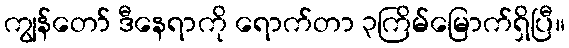
ကျွန်တော် ဒီနေရာကို ရောက်တာ ၃ကြိမ်မြောက်ရှိပြီ။